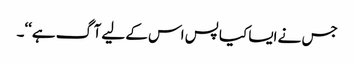
جس نے ایسا کیا پس اس کے لیے آگ ہے‘‘۔